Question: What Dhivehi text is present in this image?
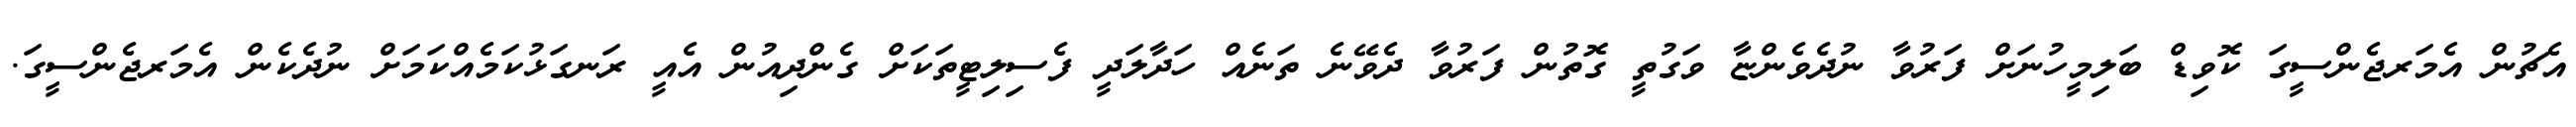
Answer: އެޗުން އެމަރޖެންސީގަ ކޮވިޑް ބަލިމީހުނަށް ފަރުވާ ނުދެވެންޏާ ވަގުތީ ގޮތުން ފަރުވާ ދެވޭނެ ތަނެއް ހަދާލަދީ ފެސިލިޓީތަކަށް ގެންދިއުން އެއީ ރަނގަޅުކަމެއްކަމަށް ނުދެކެން އެމަރޖެންސީގަ.